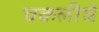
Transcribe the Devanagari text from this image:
चकलीचे